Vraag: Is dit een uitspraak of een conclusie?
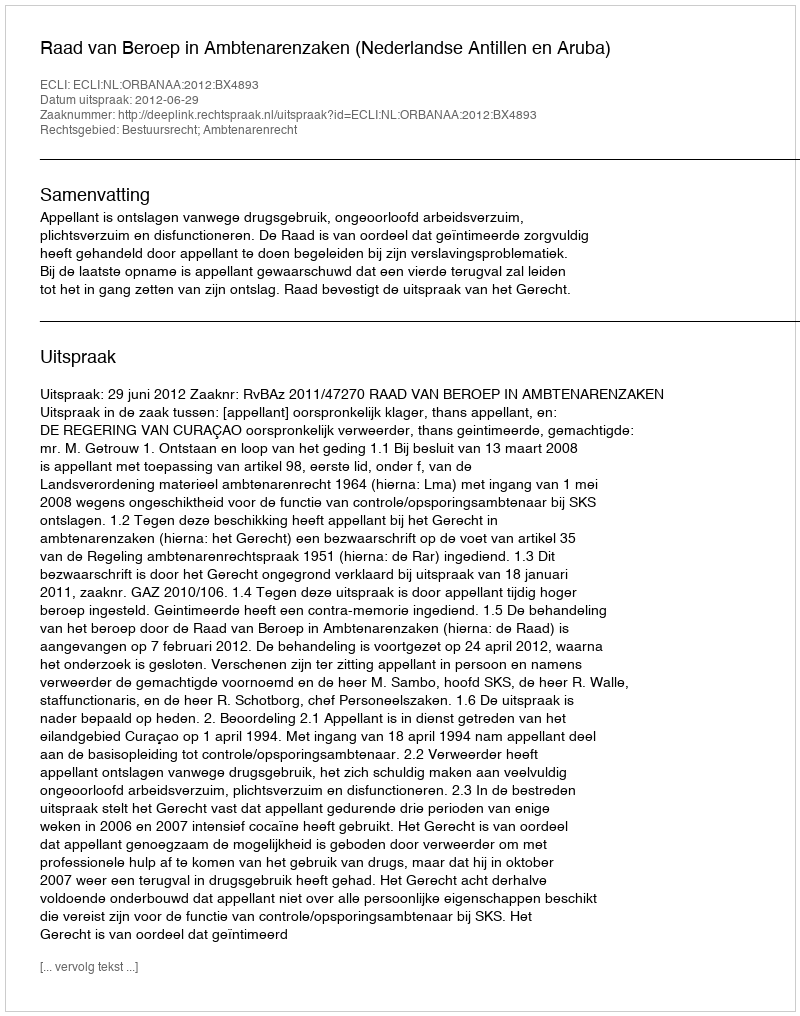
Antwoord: Uitspraak